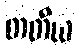
တတိယ